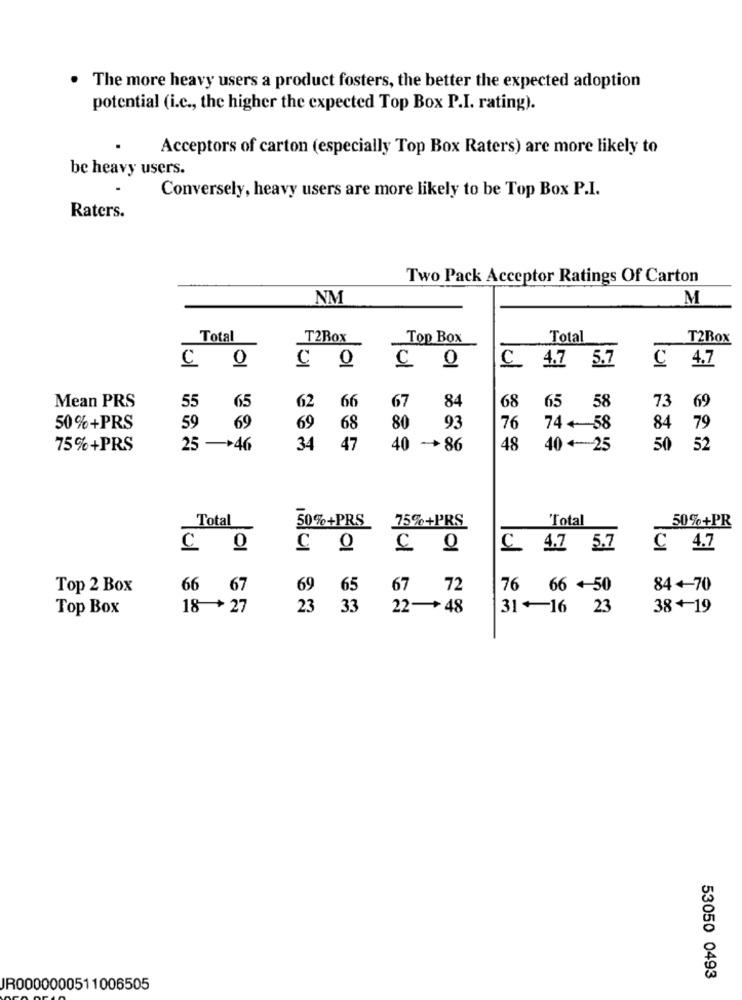
The more heavy users a product fosters, the better the expected adoption
potential (i.c ., the higher the expected Top Box P.I. rating).
Acceptors of carton (especially Top Box Raters) are more likely to
be heavy users.
Conversely, heavy users are more likely to be Top Box P.I.
Raters.
Two Pack Acceptor Ratings Of Carton
NM
M
Total
T2Box
Top Box
Total
T2Box
0
C_ 4.7 5.7
C 4.7
C
55
65
62
84
68
69
Mean PRS
66
67
65 58
73
50%+PRS
59
69
69
68
80
93
76
74+58
84
79
75%+PRS
25 -+46
34
47
40 -+86
48
40 +-25
50
52
Total
75%+PRS
Total
50%+PRS
50%+PR
01
C. 4.7 5.7
C 4.7
Top 2 Box
66 67
69
65
67 72
76 66 + 50
84 +70
Top Box
18 + 27
23
33
22-+48
31+16 23
38+ 19
53050 0493
JR0000000511006505